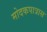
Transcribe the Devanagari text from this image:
मोदकपात्रास